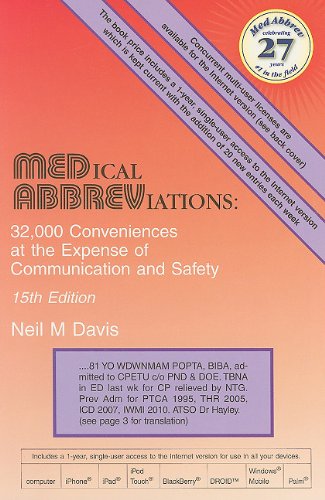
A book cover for Medical Abbreviations: 32,000 Conveniences at the Expense of Communication and Safety; Neil M. Davis; Medical Books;